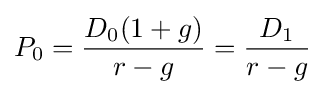
P_{0}={\frac {D_{0}(1+g)}{r-g}}={\frac {D_{1}}{r-g}}